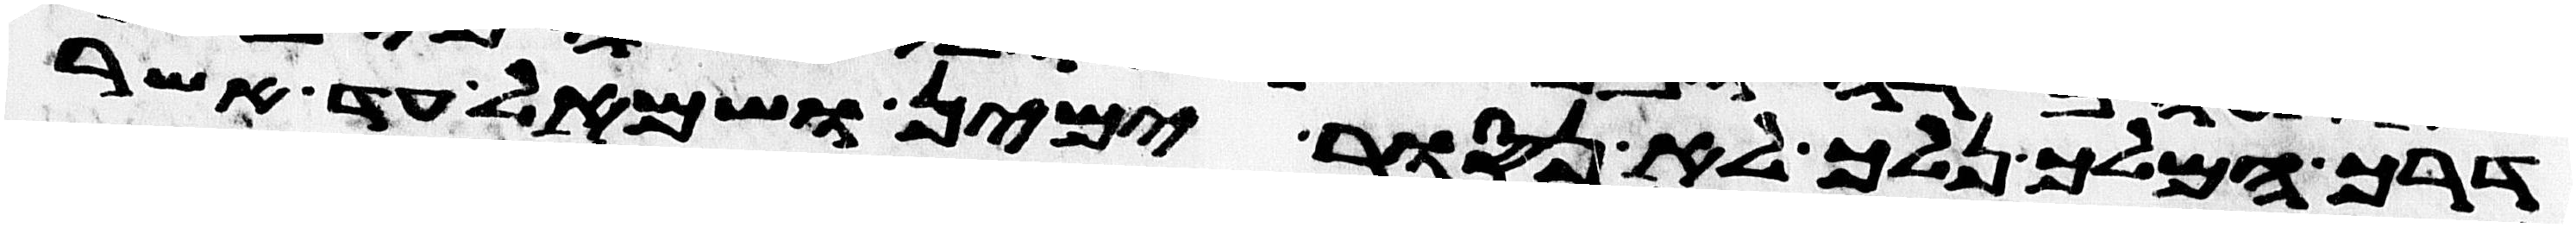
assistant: דרך המלך נלך לא נסור ימין ושמאל עד אשר